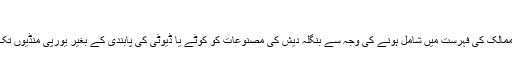
‘‘
کم ترین ترقی یافتہ ممالک کی فہرست میں شامل ہونے کی وجہ سے بنگلہ دیش کی مصنوعات کو کوٹے یا ڈیوٹی کی پابندی کے بغیر یورپی منڈیوں تک رسائی حاصل ہے۔